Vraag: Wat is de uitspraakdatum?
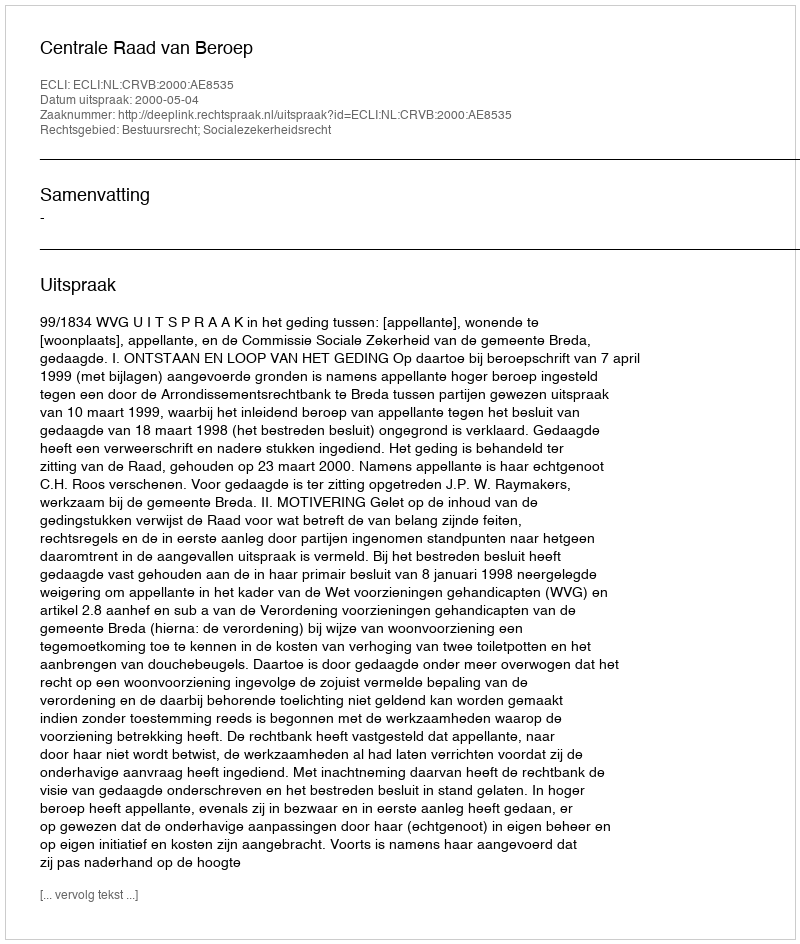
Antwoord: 2000-05-04